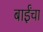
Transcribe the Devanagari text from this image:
बाईंचा